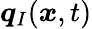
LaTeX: \boldsymbol{q}_{I}(\boldsymbol{x},t)